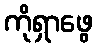
ကိုရှာဖွေ